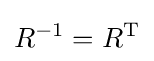
R^{-1}=R^{\operatorname {T} }